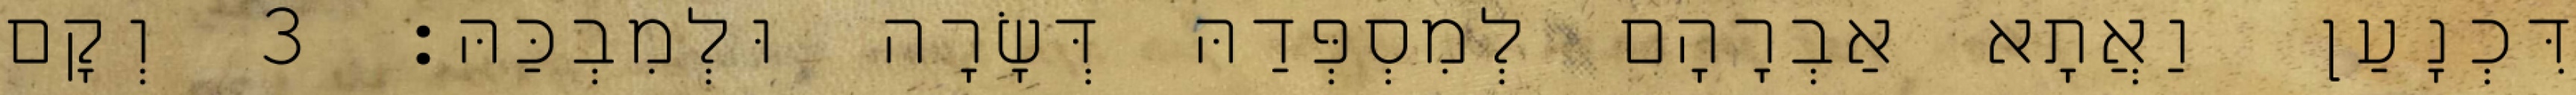
דִּכְנָעַן וַאֲתָא אַבְרָהָם לְמִסְפְּדַהּ דְּשָׂרָה וּלְמִבְכַּהּ׃ 3 וְקָם